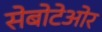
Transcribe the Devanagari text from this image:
सेबोटेओर